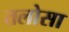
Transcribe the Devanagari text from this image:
तलोसा